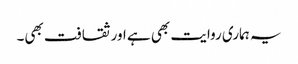
یہ ہماری روایت بھی ہے اور ثقافت بھی۔